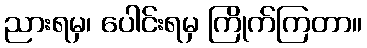
ညားရမှ၊ ပေါင်းရမှ ကြိုက်ကြတာ။